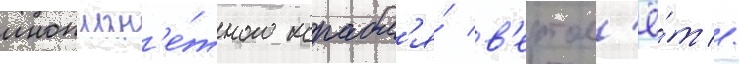
иноплан'е́тного корабл'я́ в'ертол'ё́т //